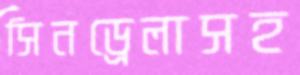
সিনড্রেলাসহ